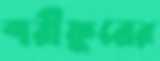
শরীফুরের